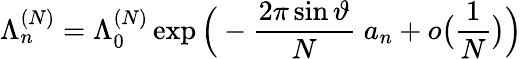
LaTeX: \Lambda_{n}^{(N)}=\Lambda_{0}^{(N)}\exp\Big(-\frac{2\pi\sin\vartheta}N\; {a_{n}}+o\big(\frac 1N\big)\Big)